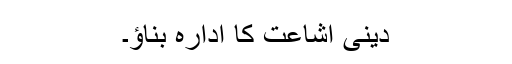
دینی اشاعت کا ادارہ بناؤ۔